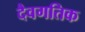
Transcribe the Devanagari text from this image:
दैवगतिक